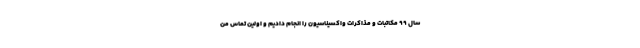
سال ۹۹ مکاتبات و مذاکرات واکسیناسیون را انجام دادیم و اولین تماس من